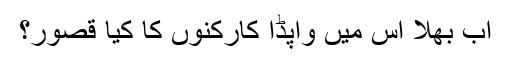
اب بھلا اِس میں واپڈا کارکنوں کا کیا قصور؟